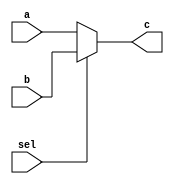
module HW2_mux2to1 (a, b, sel, c);
    input a, b, sel;
    output c;

    reg c;
    always @(a or b or sel) begin   // Behavior Level Design
        if(sel == 1)
            c = b;
        else
            c = a;
    end

endmodule